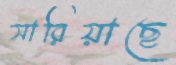
সারিয়াছে